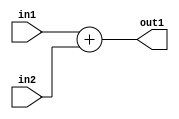
`timescale 1ps / 1ps
/*****************************************************************************
    Verilog RTL Description
    
    
    Created by: CellMath Designer 2019.1.01 
*******************************************************************************/

module DFT_compute_entirecomputation_alt5_4_0 (
	in1,
	in2,
	out1
	); /* architecture "behavioural" */ 
input [7:0] in1,
	in2;
output [7:0] out1;
wire [7:0] asc001;

assign asc001 = 
	+(in1)
	+(in2);

assign out1 = asc001;
endmodule

/* CADENCE  ubDyTgw= : u9/ySgnWtBlWxVPRXgAZ4Og= ** DO NOT EDIT THIS LINE ******/